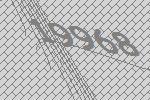
19968